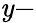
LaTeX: \mathit{y}-